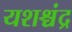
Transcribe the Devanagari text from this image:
यशश्चंद्र